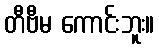
တီဗီမ ကောင်းဘူး။